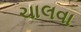
ચાલવા